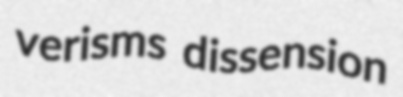
verisms dissension